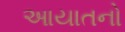
આયાતનો